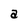
Character: a